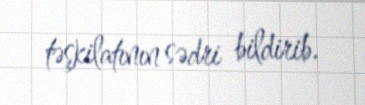
təşkilatının sədri bildirib.